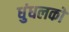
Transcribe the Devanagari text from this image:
धुंधलकों